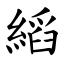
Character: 縚